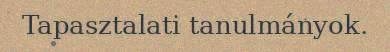
Tapasztalati tanulmányok.